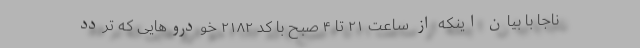
ناجا با بیان اینکه از ساعت ۲۱ تا ۴ صبح با کد ۲۱۸۲ خودروهایی که تردد